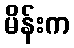
မိန်းက